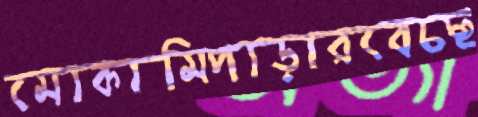
মোকামিপাড়ারবেচছ